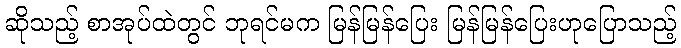
ဆိုသည့် စာအုပ်ထဲတွင် ဘုရင်မက မြန်မြန်ပြေး မြန်မြန်ပြေးဟုပြောသည့်